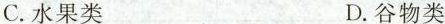
C.水果类 D.谷物类